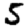
Digit: 5